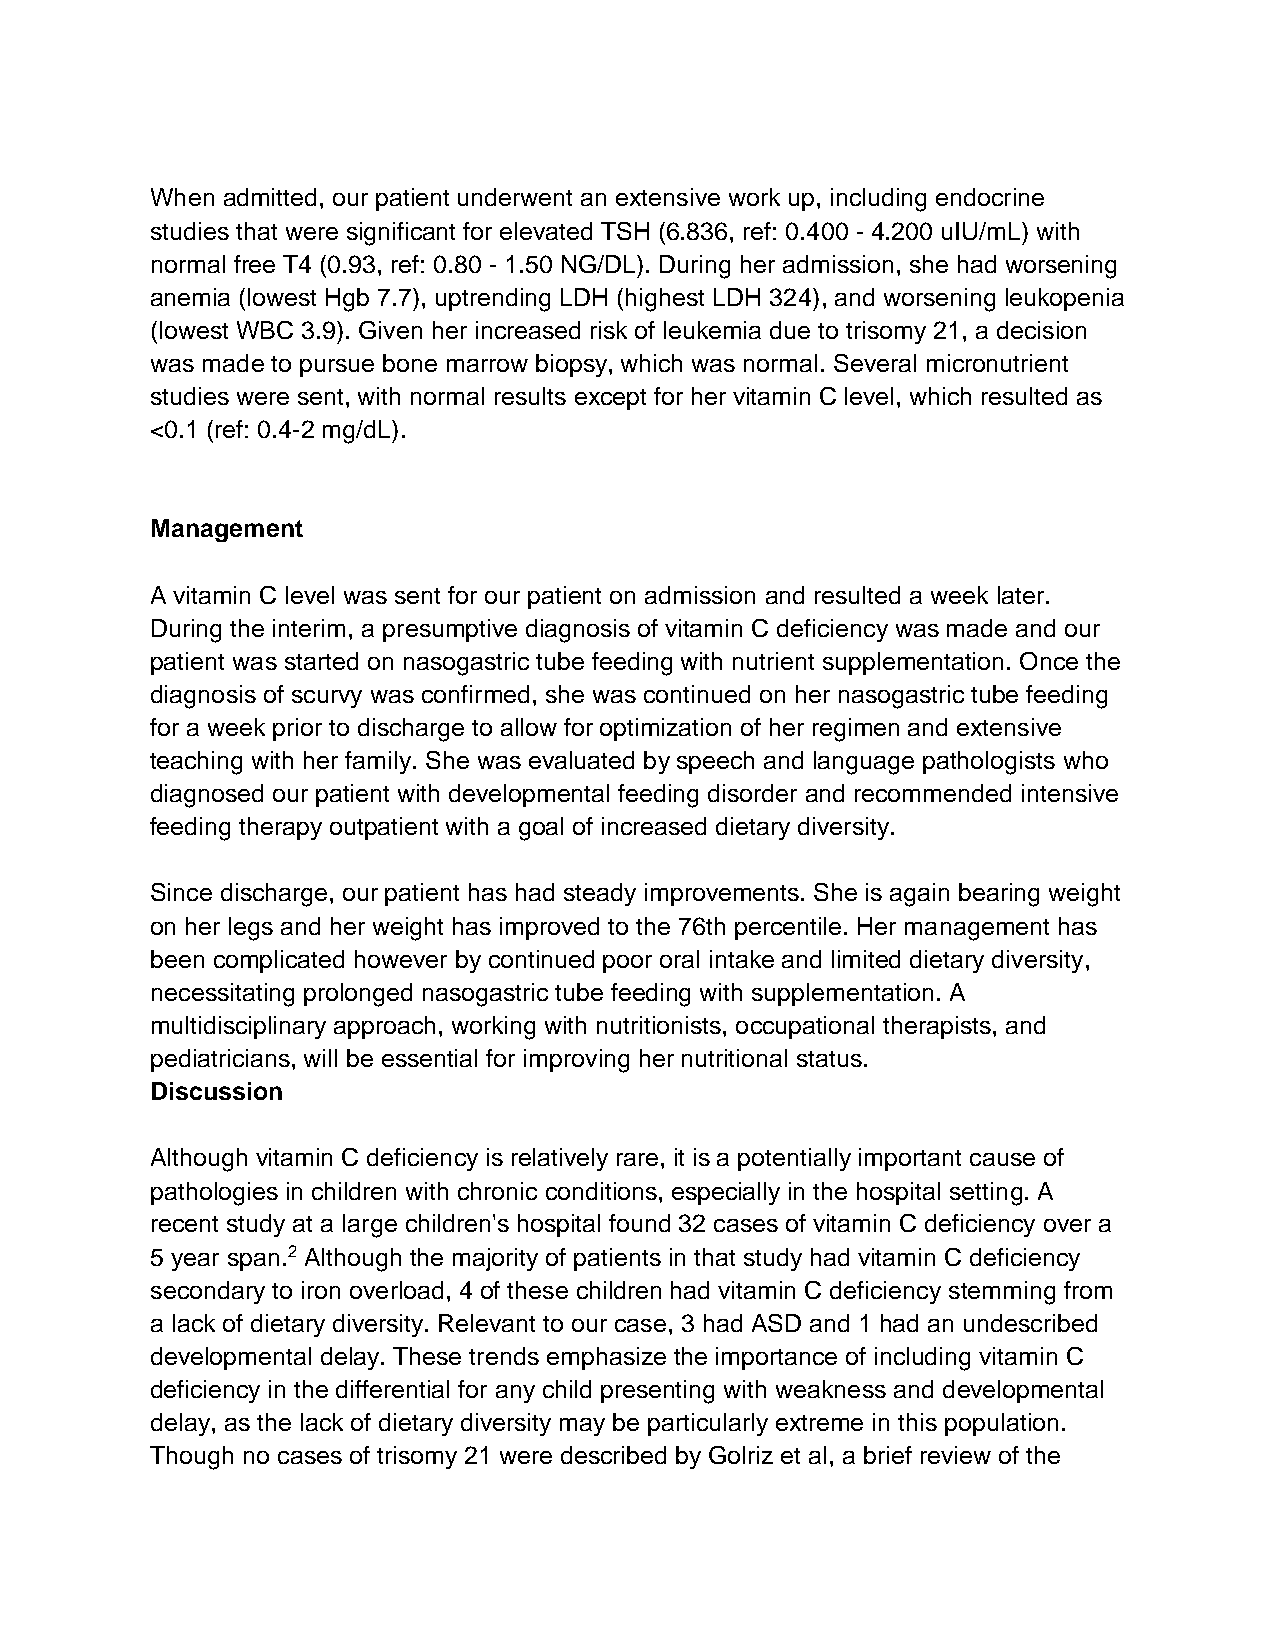
When admitted, our patient underwent an extensive work up, including endocrine
 studies that were significant for elevated TSH (6.836, ref: 0.400 - 4.200 uIU/mL) with
 normal free T4 (0.93, ref: 0.80 - 1.50 NG/DL). During her admission, she had worsening
 anemia (lowest Hgb 7.7), uptrending LDH (highest LDH 324), and worsening leukopenia
 (lowest WBC 3.9). Given her increased risk of leukemia due to trisomy 21, a decision
 was made to pursue bone marrow biopsy, which was normal. Several micronutrient
 studies were sent, with normal results except for her vitamin C level, which resulted as
 <0.1 (ref: 0.4-2 mg/dL).
 Management
 A vitamin C level was sent for our patient on admission and resulted a week later.
 During the interim, a presumptive diagnosis of vitamin C deficiency was made and our
 patient was started on nasogastric tube feeding with nutrient supplementation. Once the
 diagnosis of scurvy was confirmed, she was continued on her nasogastric tube feeding
 for a week prior to discharge to allow for optimization of her regimen and extensive
 teaching with her family. She was evaluated by speech and language pathologists who
 diagnosed our patient with developmental feeding disorder and recommended intensive
 feeding therapy outpatient with a goal of increased dietary diversity.
 Since discharge, our patient has had steady improvements. She is again bearing weight
 on her legs and her weight has improved to the 76th percentile. Her management has
 been complicated however by continued poor oral intake and limited dietary diversity,
 necessitating prolonged nasogastric tube feeding with supplementation. A
 multidisciplinary approach, working with nutritionists, occupational therapists, and
 pediatricians, will be essential for improving her nutritional status.
 Discussion
 Although vitamin C deficiency is relatively rare, it is a potentially important cause of
 pathologies in children with chronic conditions, especially in the hospital setting. A
 recent study at a large children's hospital found 32 cases of vitamin C deficiency over a
 5 year span.2 Although the majority of patients in that study had vitamin C deficiency
 secondary to iron overload, 4 of these children had vitamin C deficiency stemming from
 a lack of dietary diversity. Relevant to our case, 3 had ASD and 1 had an undescribed
 developmental delay. These trends emphasize the importance of including vitamin C
 deficiency in the differential for any child presenting with weakness and developmental
 delay, as the lack of dietary diversity may be particularly extreme in this population.
 Though no cases of trisomy 21 were described by Golriz et al, a brief review of the